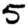
Digit: 5